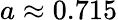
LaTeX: a\approx 0.715